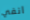
انفي